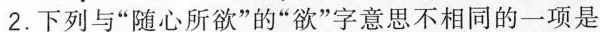
2.下列与”随心所欲”的”欲”字意思不相同的一项是